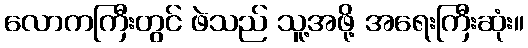
လောကကြီးတွင် ဖဲသည် သူ့အဖို့ အရေးကြီးဆုံး။